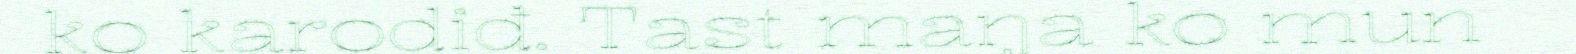
ko karodiđ. Tast maŋa ko mun